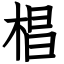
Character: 椙